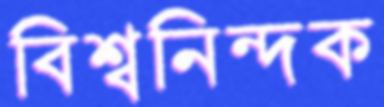
বিশ্বনিন্দক